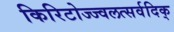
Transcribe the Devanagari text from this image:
किरिटोज्ज्वलत्सर्वदिक्‌